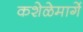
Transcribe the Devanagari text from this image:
कशेळेमार्गे